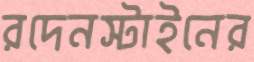
রদেনস্টাইনের